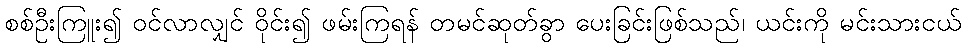
စစ်ဦးကြူး၍ ဝင်လာလျှင် ဝိုင်း၍ ဖမ်းကြရန် တမင်ဆုတ်ခွာ ပေးခြင်းဖြစ်သည်၊ ယင်းကို မင်းသားငယ်